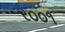
ર૦૦૧